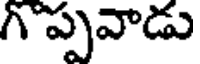
గొప్పవాడు